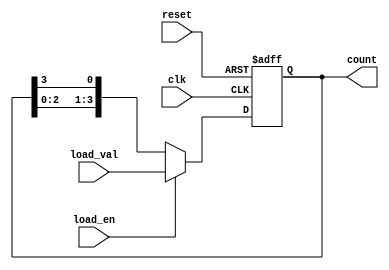
module johnson_counter(
    input clk, // Clock input
    input reset, // Reset input
    input load_en, // Load enable input
    input [3:0] load_val, // Load value input
    output reg [3:0] count // Johnson counter output
);

reg [3:0] q; // Internal state of the counter

always @(posedge clk or posedge reset) begin
    if (reset) begin
        q <= 4'b0000; // Reset to initial state
    end else begin
        if (load_en) begin
            q <= load_val; // Load specific value
        end else begin
            // Johnson counter logic
            q <= {q[2:0], q[3]};
        end
    end
end

assign count = q; // Output the Johnson counter value

endmodule